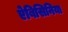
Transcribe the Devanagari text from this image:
ऐबिसिनिया